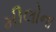
મીલોના